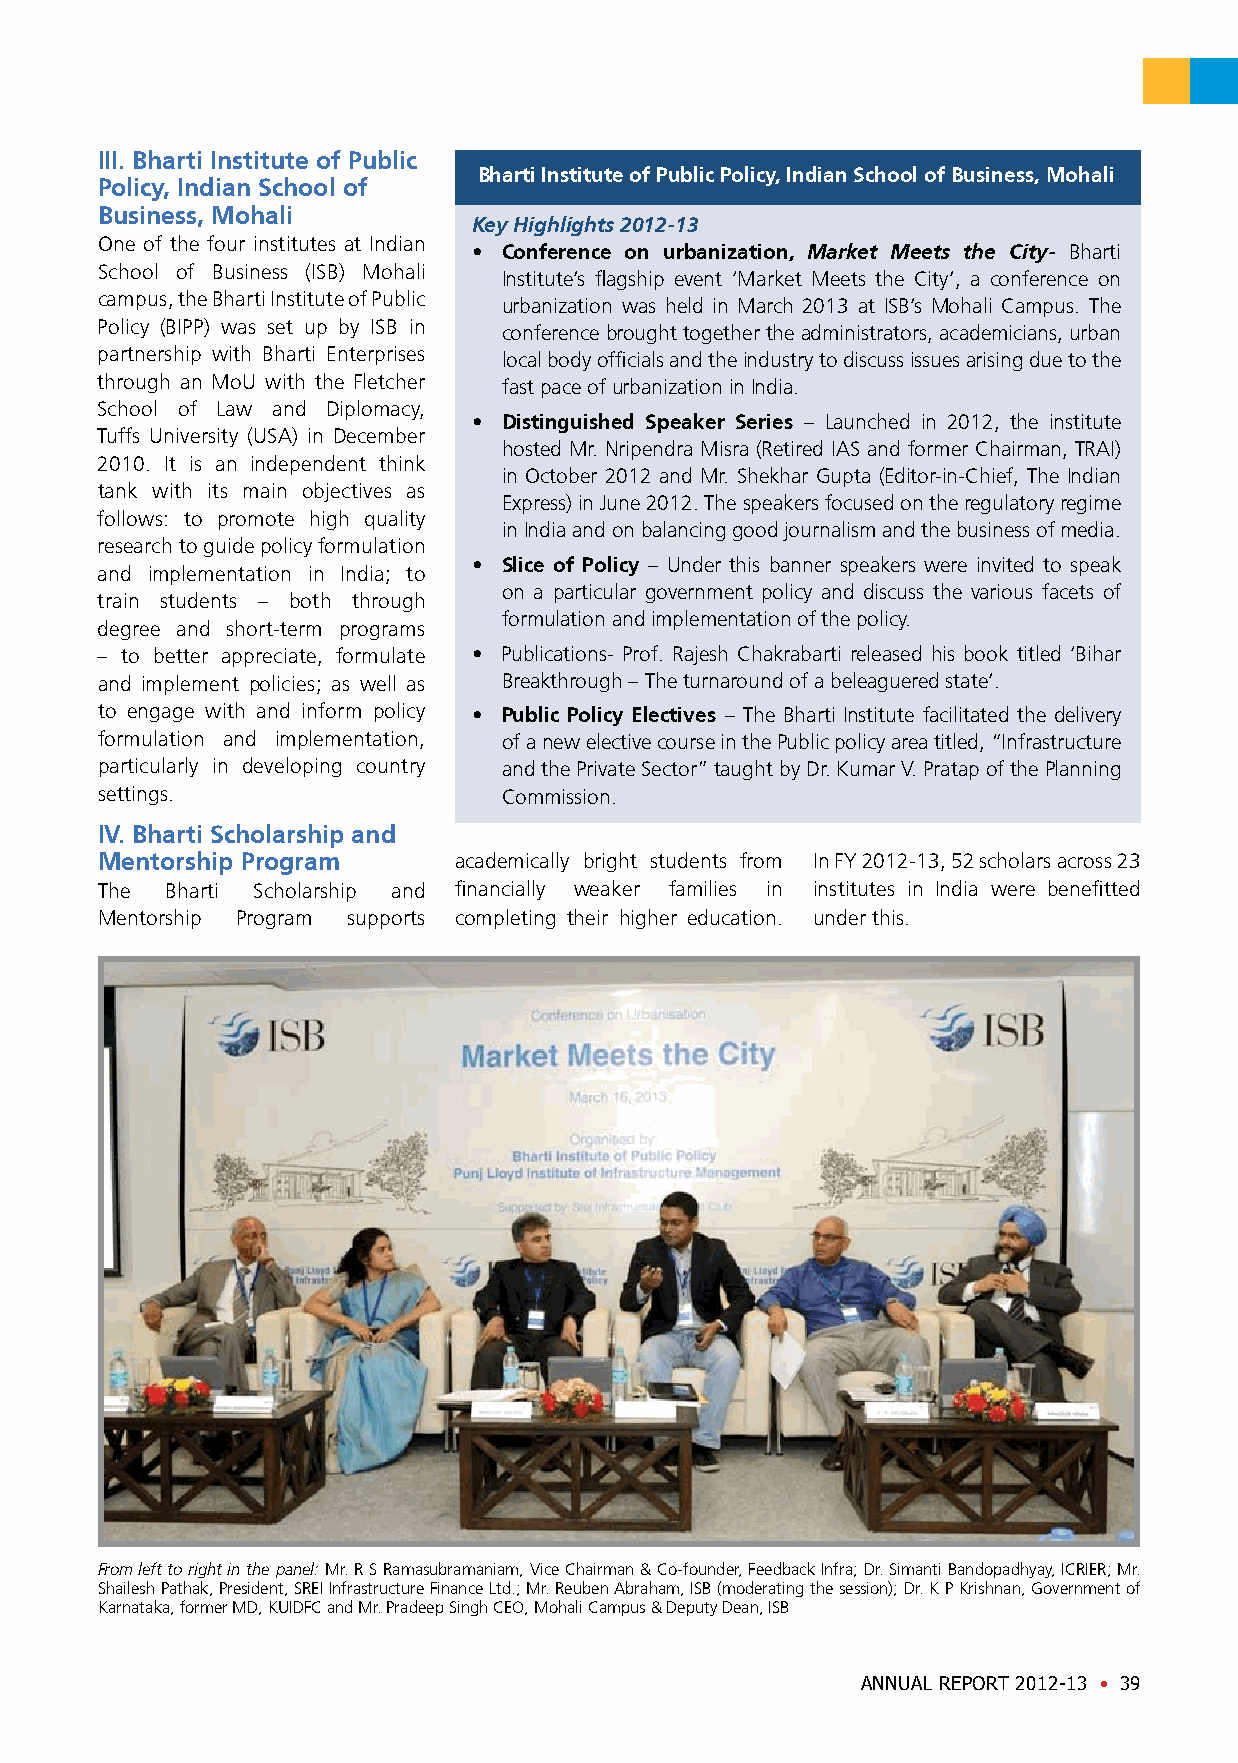
III. Bharti Institute of Public
 Bharti Institute of Public Policy, Indian School of Business, Mohali
 Policy, Indian School of
 Business, Mohali
 Key Highlights 2012-13
 One of the four institutes at Indian
 • Conference on urbanization, Market Meets the City- Bharti
 School of Business (ISB) Mohali
 Institute’s flagship event ‘Market Meets the City’, a conference on
 campus, the Bharti Institute of Public
 urbanization was held in March 2013 at ISB’s Mohali Campus. The
 Policy (BIPP) was set up by ISB in
 conference brought together the administrators, academicians, urban
 partnership with Bharti Enterprises local body officials and the industry to discuss issues arising due to the
 through an MoU with the Fletcher fast pace of urbanization in India.
 School of Law and Diplomacy,
 • Distinguished Speaker Series – Launched in 2012, the institute
 Tuffs University (USA) in December
 hosted Mr. Nripendra Misra (Retired IAS and former Chairman, TRAI)
 2010. It is an independent think
 in October 2012 and Mr. Shekhar Gupta (Editor-in-Chief, The Indian
 tank with its main objectives as
 Express) in June 2012. The speakers focused on the regulatory regime
 follows: to promote high quality
 in India and on balancing good journalism and the business of media.
 research to guide policy formulation
 • Slice of Policy – Under this banner speakers were invited to speak
 and implementation in India; to
 on a particular government policy and discuss the various facets of
 train students – both through
 formulation and implementation of the policy.
 degree and short-term programs
 – to better appreciate, formulate • Publications- Prof. Rajesh Chakrabarti released his book titled ‘Bihar
 and implement policies; as well as Breakthrough – The turnaround of a beleaguered state’.
 to engage with and inform policy • Public Policy Electives – The Bharti Institute facilitated the delivery
 formulation and implementation, of a new elective course in the Public policy area titled, “Infrastructure
 particularly in developing country and the Private Sector” taught by Dr. Kumar V. Pratap of the Planning
 settings.                  Commission.
 IV. Bharti Scholarship and
 Mentorship Program      academically bright students from In FY 2012-13, 52 scholars across 23
 The  Bharti Scholarship and financially weaker families in institutes in India were benefitted
 Mentorship Program supports completing their higher education. under this.
 From left to right in the panel: Mr. R S Ramasubramaniam, Vice Chairman & Co-founder, Feedback Infra; Dr. Simanti Bandopadhyay, ICRIER; Mr.
 Shailesh Pathak, President, SREI Infrastructure Finance Ltd.; Mr. Reuben Abraham, ISB (moderating the session); Dr. K P Krishnan, Government of
 Karnataka, former MD, KUIDFC and Mr. Pradeep Singh CEO, Mohali Campus & Deputy Dean, ISB
 ANNUAL REPORT 2012-13 • 39